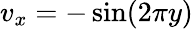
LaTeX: v_{x}=-\sin(2\pi y)